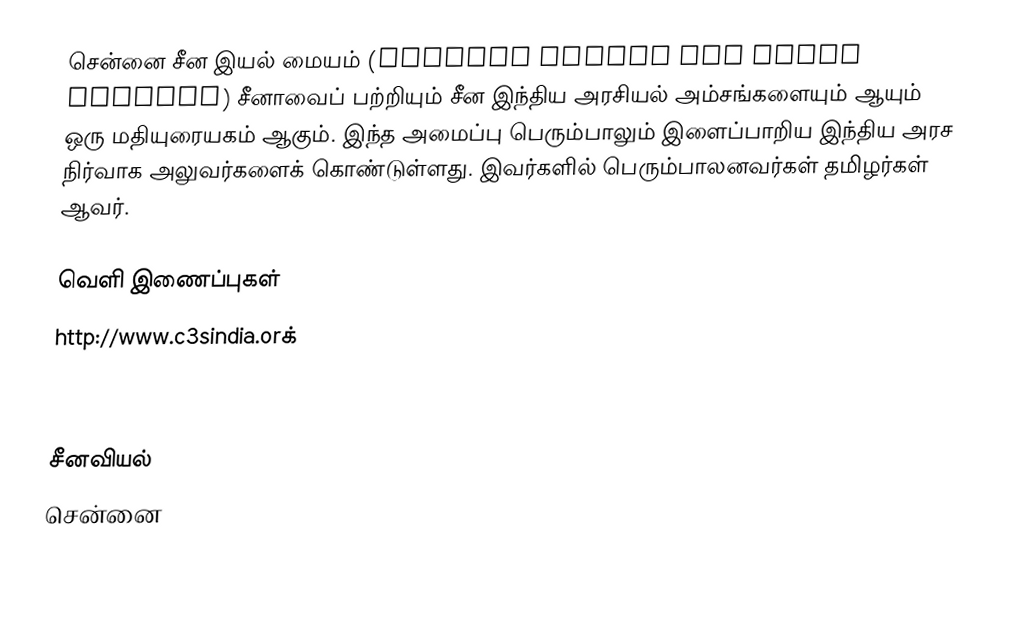
சென்னை சீன இயல் மையம் (Chennai Centre for China Studies) சீனாவைப் பற்றியும் சீன இந்திய அரசியல் அம்சங்களையும் ஆயும் ஒரு மதியுரையகம் ஆகும்.  இந்த அமைப்பு பெரும்பாலும் இளைப்பாறிய இந்திய அரச நிர்வாக அலுவர்களைக் கொண்டுள்ளது.  இவர்களில் பெரும்பாலனவர்கள் தமிழர்கள் ஆவர்.

வெளி இணைப்புகள்
 http://www.c3sindia.orக்



சீனவியல்
சென்னை